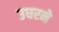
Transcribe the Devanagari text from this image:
उघरने